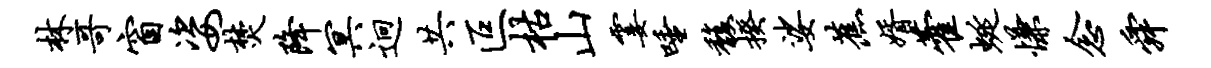
林哥窗姿焚降冥迥共叵枯山霎唾馥揆娑蕉婿藿蜒慊念舜